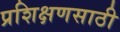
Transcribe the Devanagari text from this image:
प्रशिक्षणसाठी